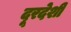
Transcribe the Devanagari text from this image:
दूरदेशी